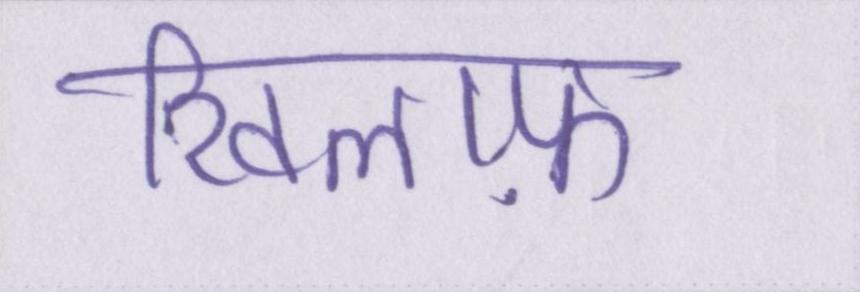
खिलाफ़